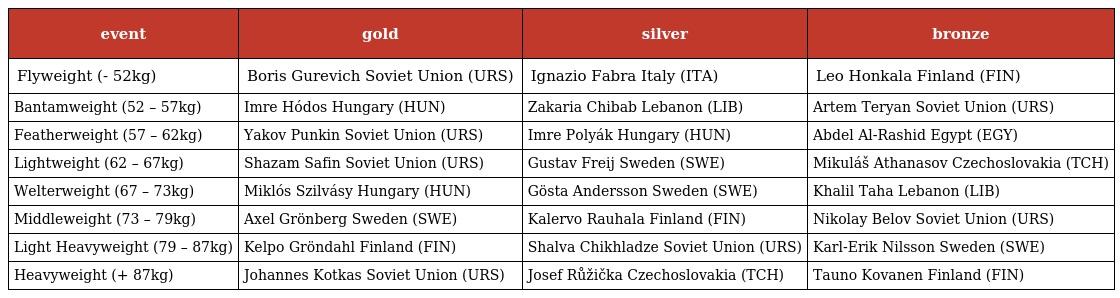
| event | gold | silver | bronze |
 | --- | --- | --- | --- |
 | Flyweight (- 52kg) | Boris Gurevich Soviet Union (URS) | Ignazio Fabra Italy (ITA) | Leo Honkala Finland (FIN) |
 | Bantamweight (52 – 57kg) | Imre Hódos Hungary (HUN) | Zakaria Chibab Lebanon (LIB) | Artem Teryan Soviet Union (URS) |
 | Featherweight (57 – 62kg) | Yakov Punkin Soviet Union (URS) | Imre Polyák Hungary (HUN) | Abdel Al-Rashid Egypt (EGY) |
 | Lightweight (62 – 67kg) | Shazam Safin Soviet Union (URS) | Gustav Freij Sweden (SWE) | Mikuláš Athanasov Czechoslovakia (TCH) |
 | Welterweight (67 – 73kg) | Miklós Szilvásy Hungary (HUN) | Gösta Andersson Sweden (SWE) | Khalil Taha Lebanon (LIB) |
 | Middleweight (73 – 79kg) | Axel Grönberg Sweden (SWE) | Kalervo Rauhala Finland (FIN) | Nikolay Belov Soviet Union (URS) |
 | Light Heavyweight (79 – 87kg) | Kelpo Gröndahl Finland (FIN) | Shalva Chikhladze Soviet Union (URS) | Karl-Erik Nilsson Sweden (SWE) |
 | Heavyweight (+ 87kg) | Johannes Kotkas Soviet Union (URS) | Josef Růžička Czechoslovakia (TCH) | Tauno Kovanen Finland (FIN) |